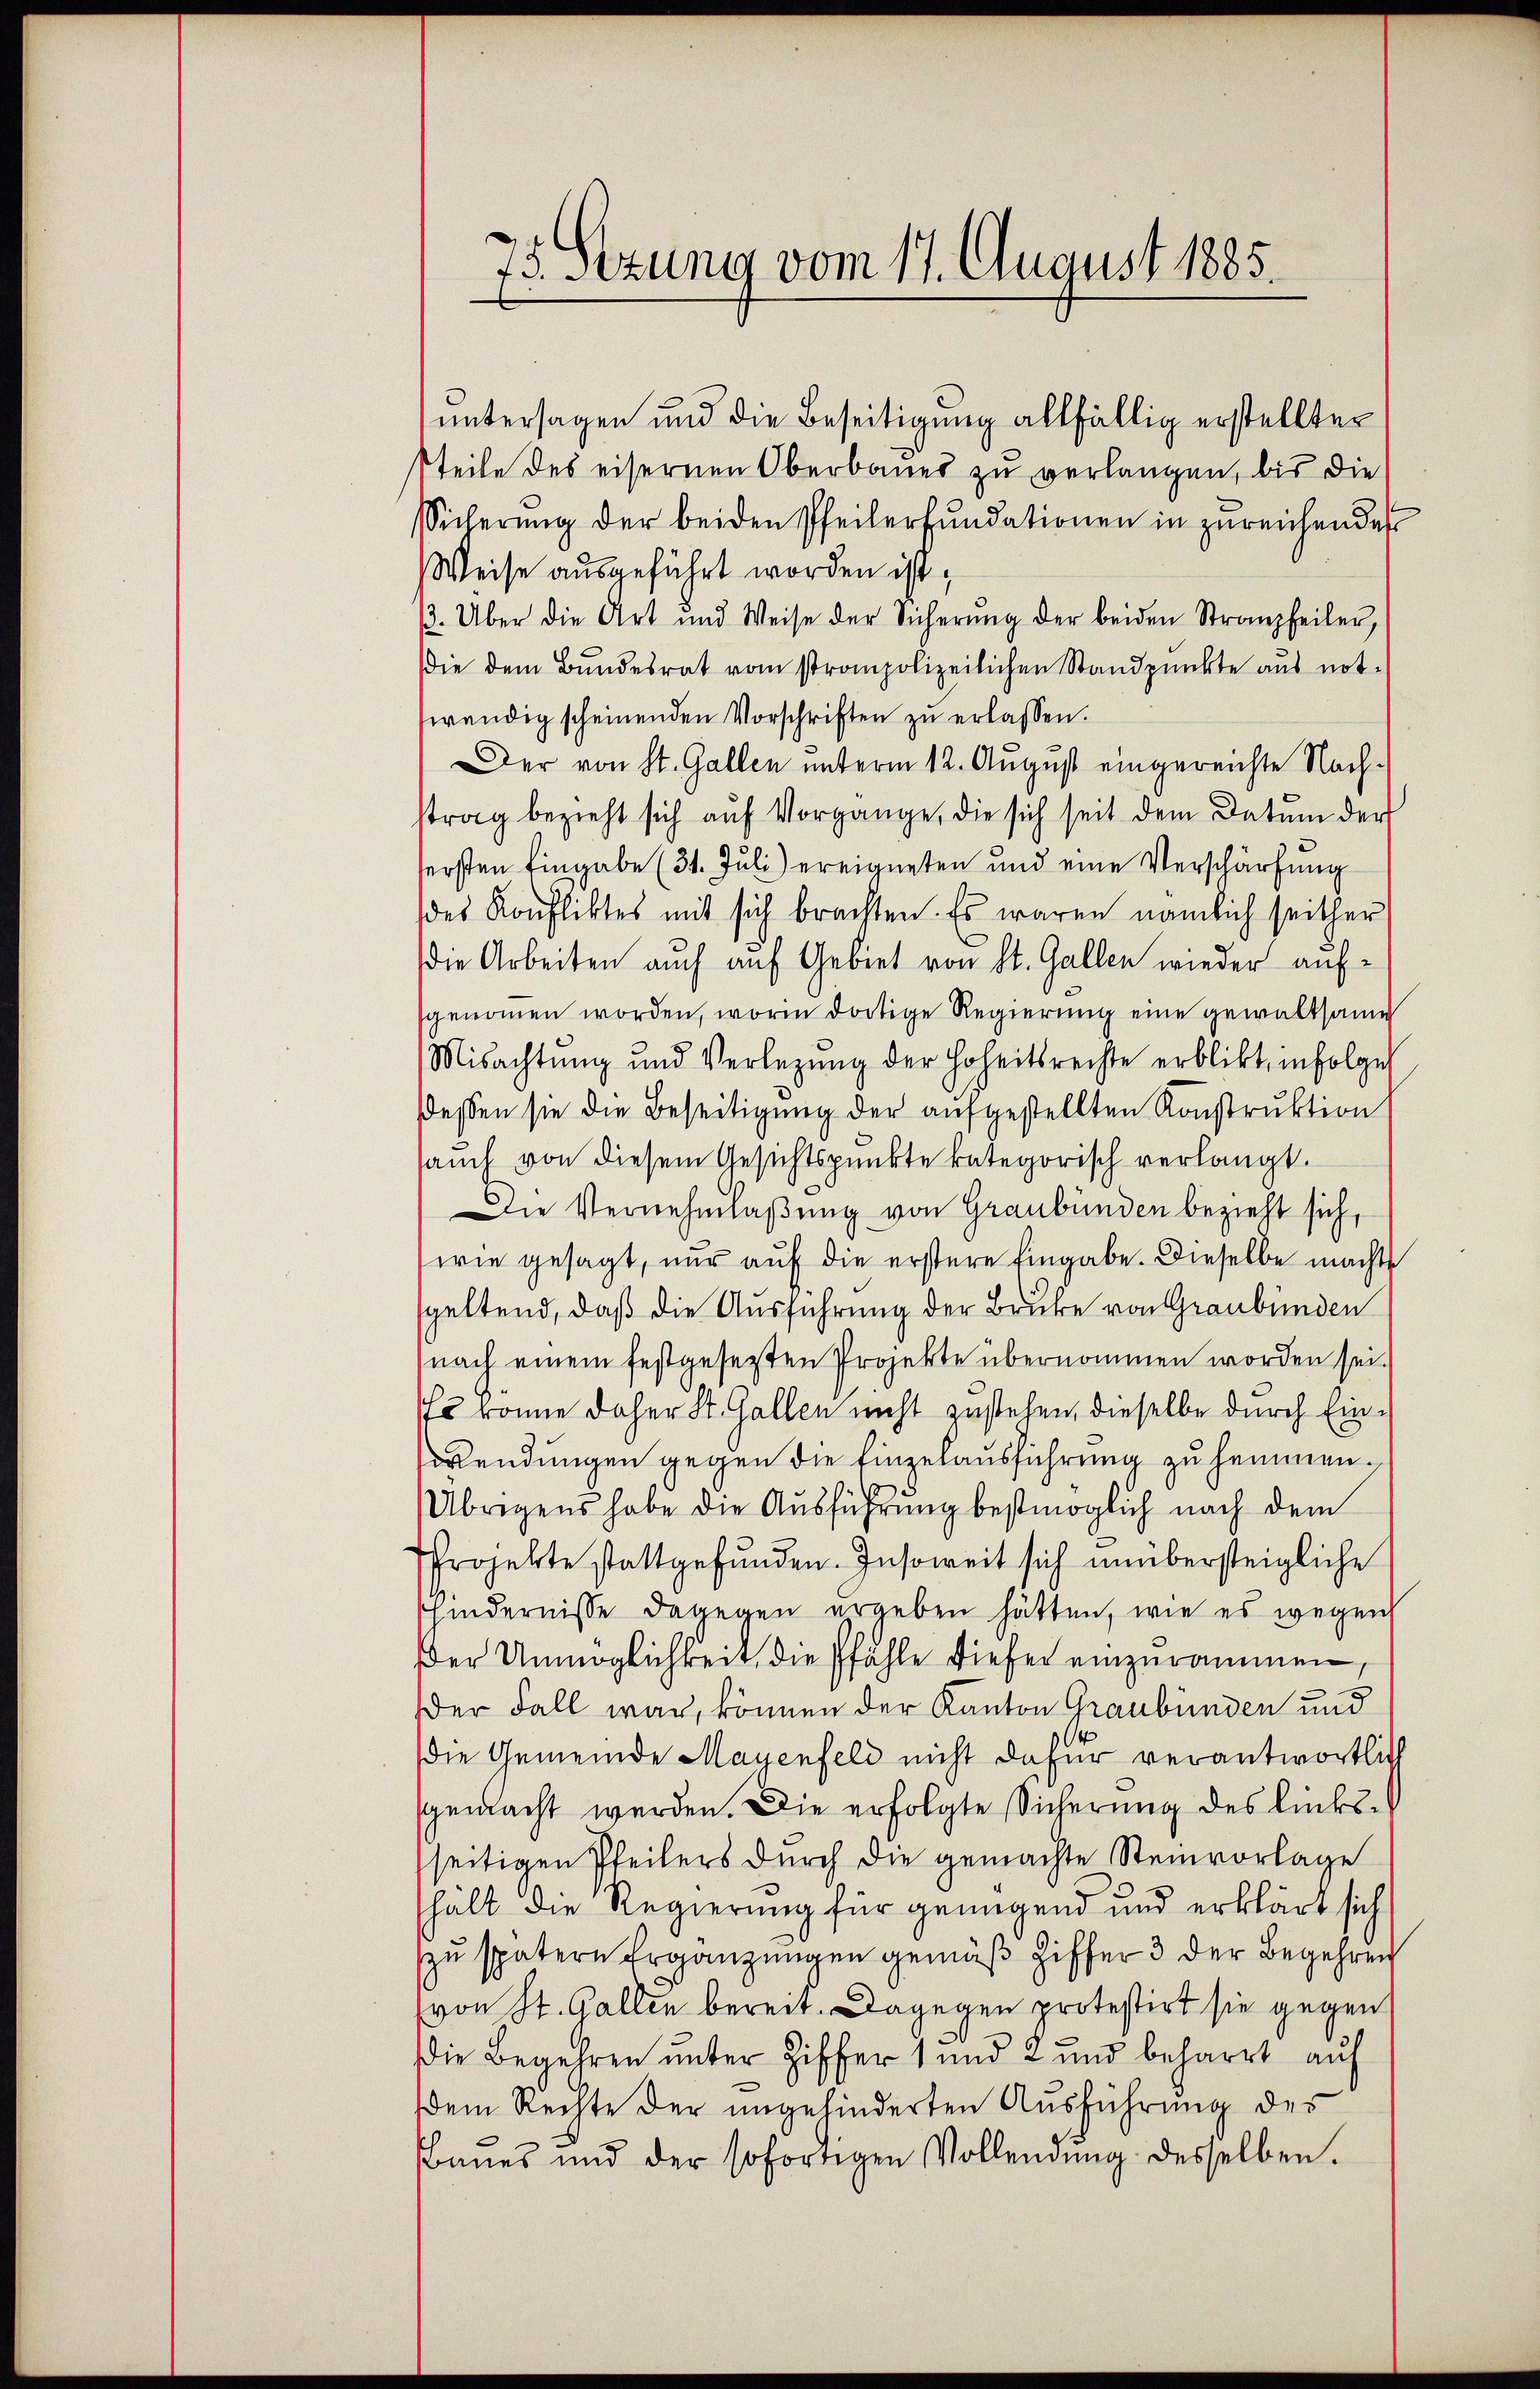
75 Stzung vom 17. August 1885.

untersagen und die Beseitigung allfällig erstellten
teile des eisernen Oberbaues zu verlangen, bis die
Sicherung der beiden Pfeilerfundationen in zureichenden
Weise ausgeführt worden ist,
β. Über die Art und Weise der Sicherŭng der beiden Stranzheiler,
die dem Bundesrat vom strompolizeilichen Standpunkte aus not-
wendig scheinenden Vorschriften zŭ erlassen.
Der von St. Gallen unterm 12. August eingereichte Nachstrag bezieht sich auf Vorgange, die sich seit dem Datum der
sersten Eingabe (31. Juli) ereigneten und eine Verschärfung
des Konfliktes mit sich brachten. Es waren nämlich seither
die Arbeiten auch auf Gebiet von St. Gallen wieder aufgenommen worden, worin dortige Regierung eine gewaltsame
Misachtung und Verlegung der Hoheitsrechte erblickt, infolge
ddessen sie die Beseitigung der aufgestellten Konstruktion
sauch von diesem Gesichtspunkte kategorisch verlangt.
Die Vernehmlaßung von Graubünden bezieht sich,
wie gesagt, nur auf die erstere Eingabe. Dieselbe machte
geltend, daß die Ausführung der Brücke von Graubünden
nach einem festgesetzten Projekte übernommen worden sei.
Es könne daher St. Gallen nicht zustehen, dieselbe durch Einwendungen gegen die Einzelausführung zu hemmen.
Übrigens habe die Ausführung bestmöglich nach dem
Projekte stattgefunden. Insoweit sich unübersteigliche
schindernisse dagegen ergeben hätten, wie es wegen
Der Unmöglichkeit, die Pfähle dieser einzurammen,
Der Fall war, können der Kanton Graubünden und
die Gemeinde Mayenfeld nicht dafür verantwortlich
sgemacht werden. Die erfolgte Sicherung des linksseitigen Pfeilers durch die gemachte Steinvorlage
hält die Regierung für genügend und erklärt sich
zu spätere Ergänzungen gemäß Ziffer 3 der Begehren
von St. Gallen bereit. Dagegen protestirt sie gegen
Die Begehren unter Ziffer 1 und 2 und beharrt auf
dem Rechte der ungehinderten Ausführung des
baŭes und der sofortigen Vollendŭng desselben.